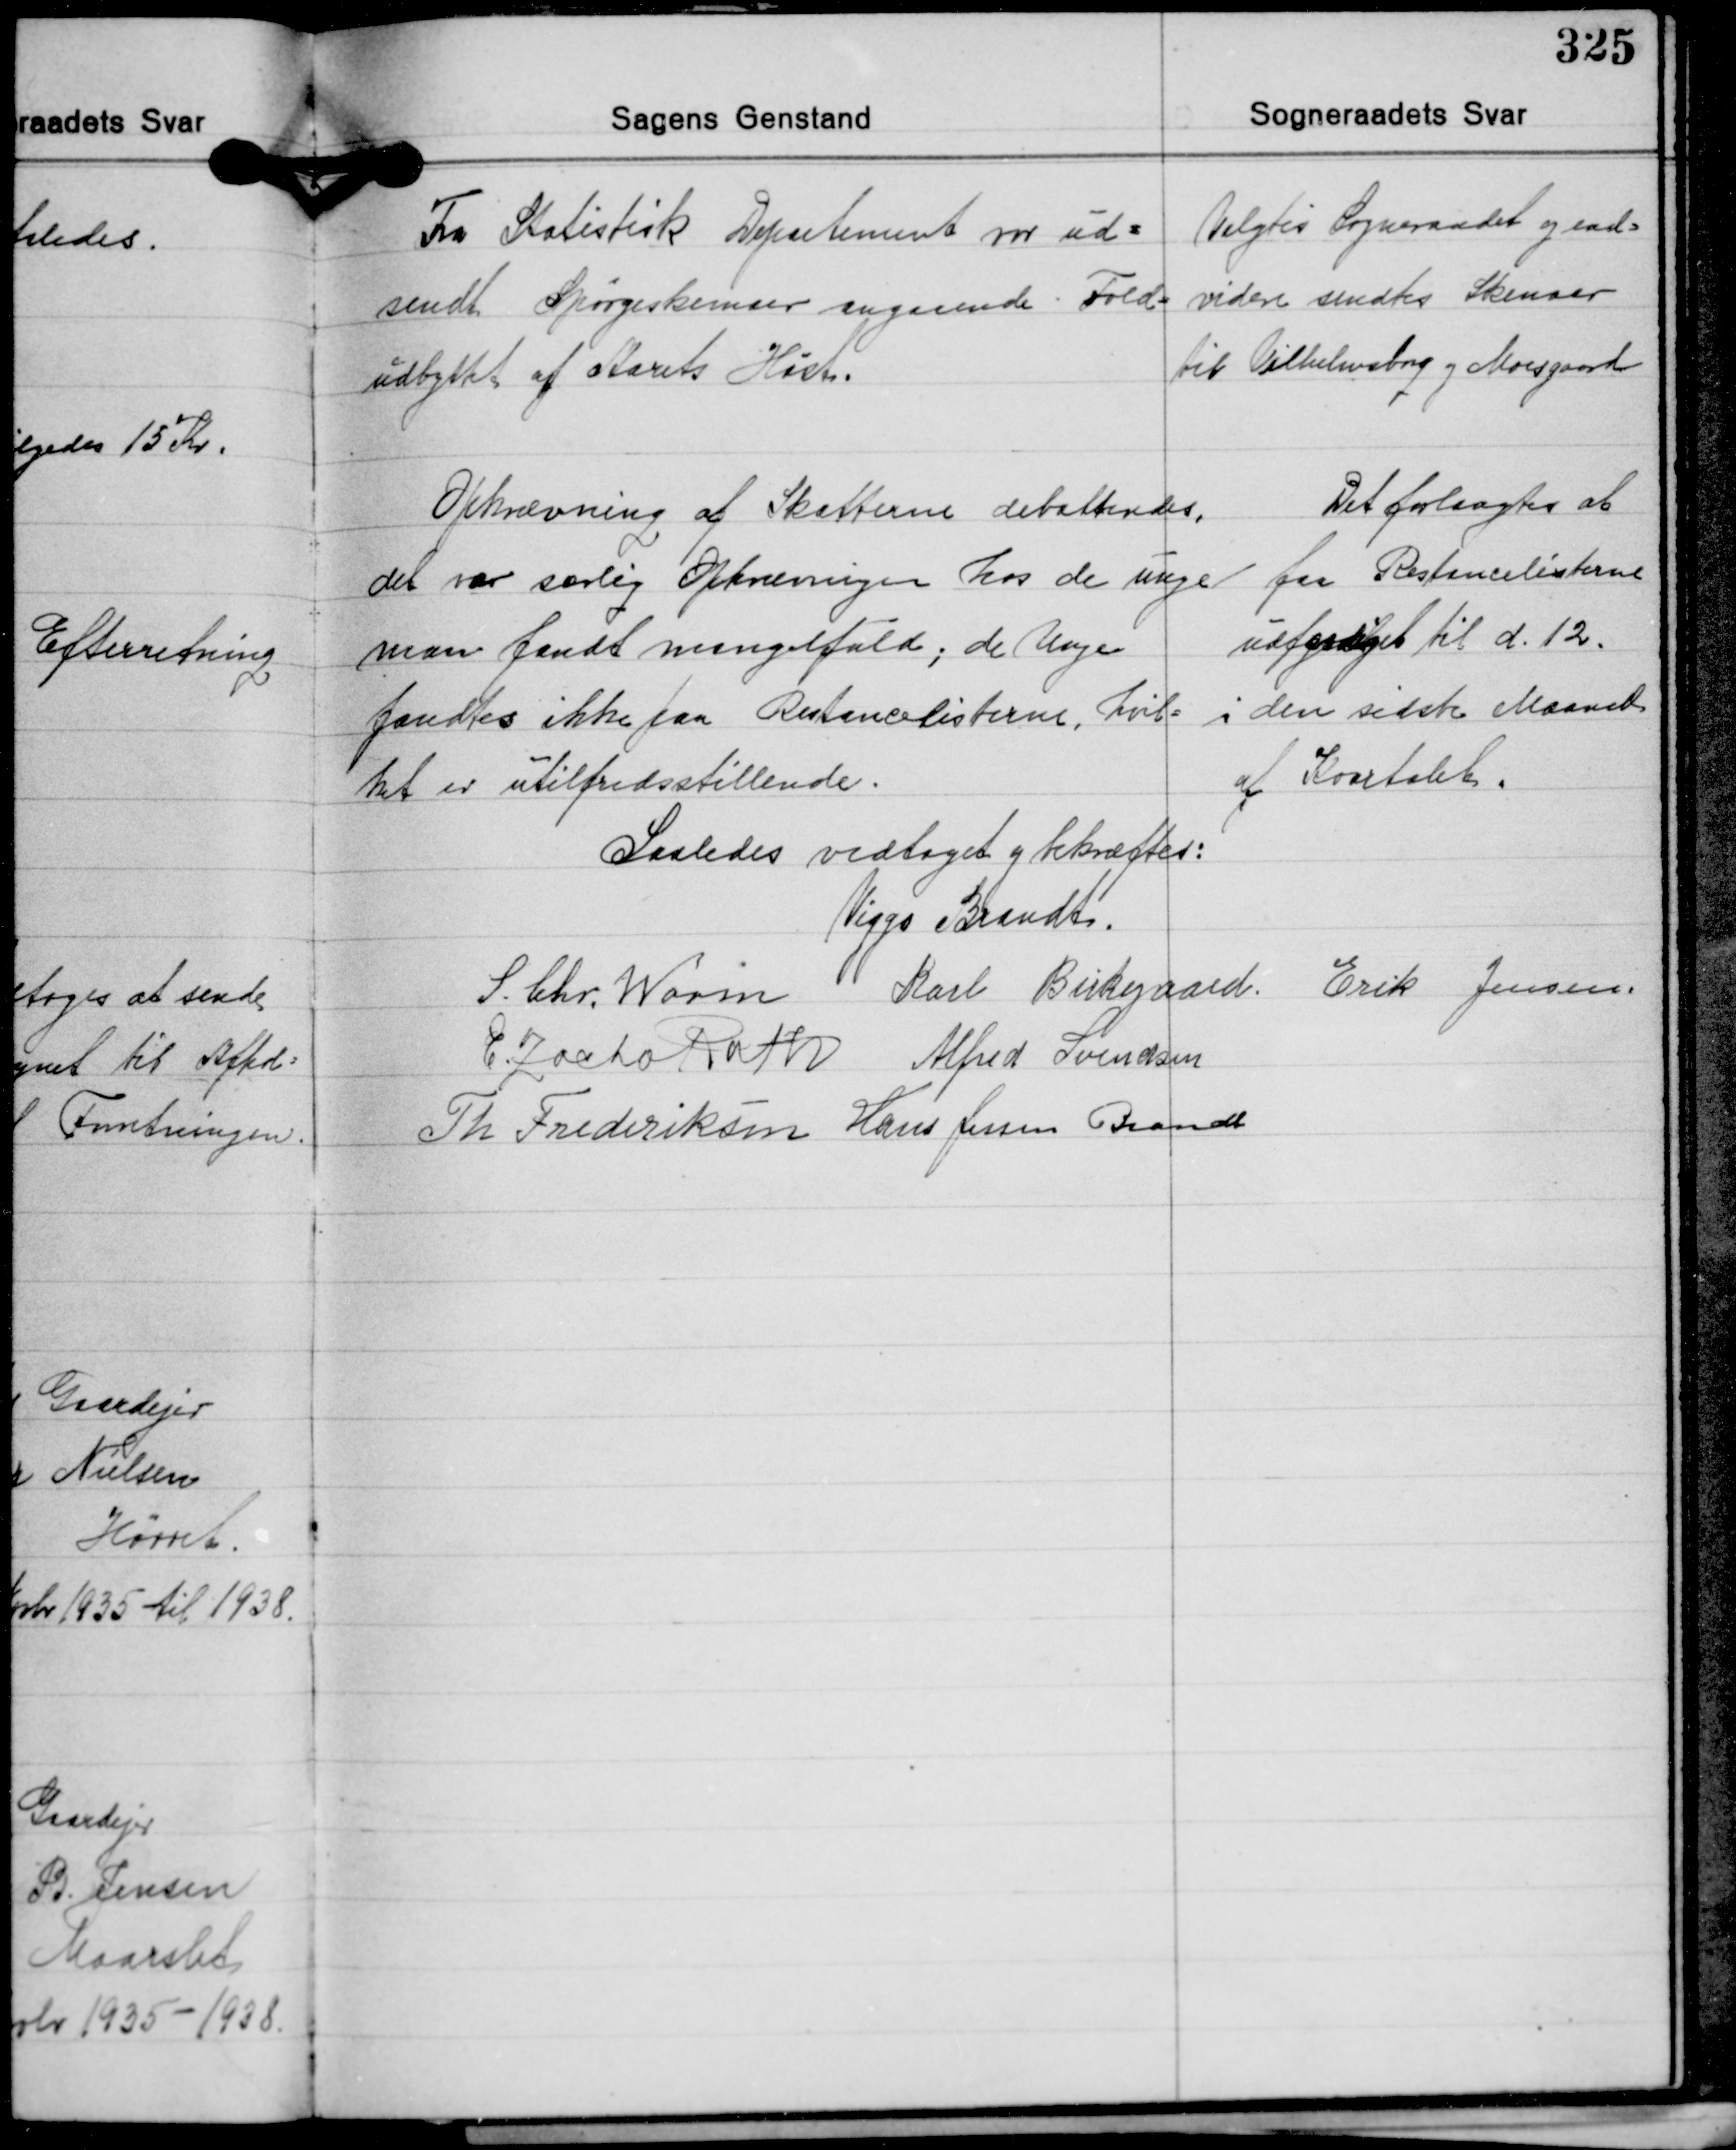
Transskription:
Fra Statistisk Departement var ud-
sendt Spørgeskemaer angaaende Fold-
udbyttet af Aarets Høst.

Valgtes Sogneraadet og end-
videre sendtes Skemaer
til Vilhelmsborg og Moesgaard

Opkrævning af Skatterne debatteredes,
det var særlig Opkrævingen hos de unge
man fandt mangelfuld; de Unge
fandtes ikke paa Restancelisterne, hvil-
ket er utilfredsstillende.

Det forlangtes at
faa Restancelisterne
udfærdiget til d. 12.
i den sidste Maaned
af Kvartalet.

Saaledes vedtaget og bekræftes:
Viggo Brandt
Erik Jensen
S. Chr. Worm Karl Birkegaard
E. Zacho Rath Alfred Svendsen
Th. Frederiksen Hans Jessen Brandt